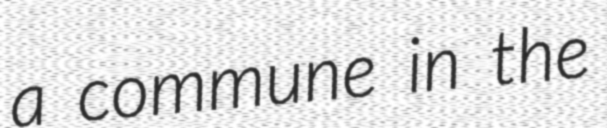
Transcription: a commune in the